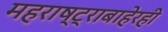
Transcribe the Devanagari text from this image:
महराष्ट्राबाहेरही